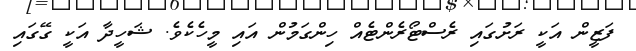
ފަޒީން އަކީ ރަށުގައި ރެސްޓޯރެންޓެއް ހިންގަމުން އައި މީހެކެވެ. ޝަހީދާ އަކީ ގޭގައި